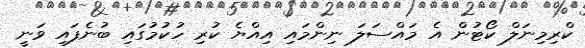
ކްރިމިނަލް ކޯޓުން އެ މައްސަލަ ނިންމައި އިއްޔެ ކުރި ހުކުމުގައި ބުނެފައި ވަނީ